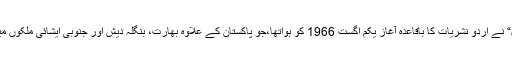
’چائنہ ریڈیو انٹرنیشنل“ نے اردو نشریات کا باقاعدہ آغاز یکم اگست 1966 کو ہواتھا،جو پاکستان کے علاوہ بھارت، بنگلہ دیش اور جنوبی ایشائی ملکوں میں بھی سنی جاتی ہیں۔